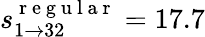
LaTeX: s_{1\rightarrow 32}^{\mathrm{~r~e~g~u~l~a~r~}}=17.7